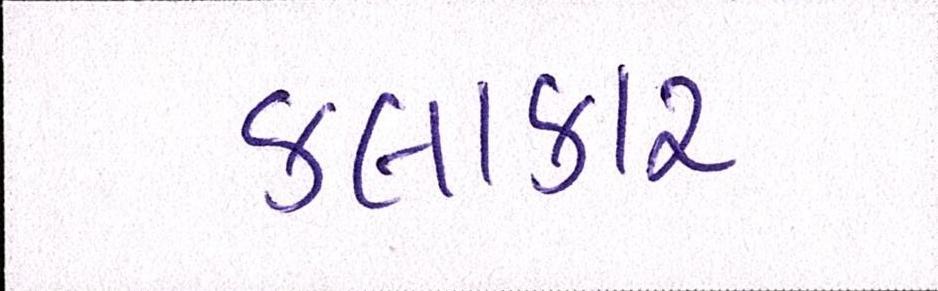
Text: કલાકાર